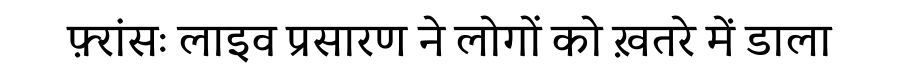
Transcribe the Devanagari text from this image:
फ़्रांसः लाइव प्रसारण ने लोगों को ख़तरे में डाला